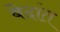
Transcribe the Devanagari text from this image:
बेदांत